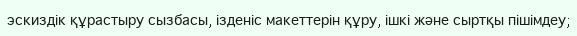
эскиздік құрастыру сызбасы, ізденіс макеттерін құру, ішкі және сыртқы пішімдеу;